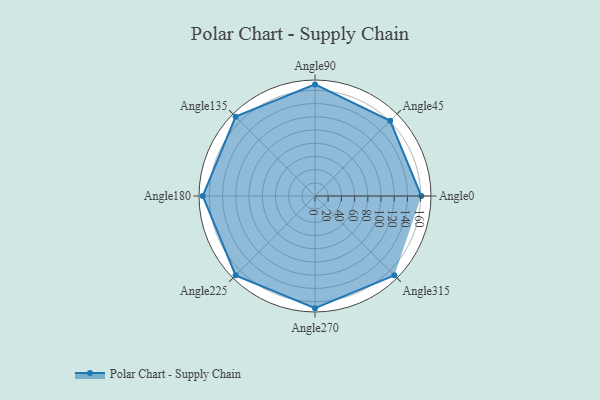
{"axis": {"x": "Angle", "y": "Radius"}, "legend": [""], "data": [{"x": "Angle0", "y": 161.0, "type": ""}, {"x": "Angle45", "y": 161.0, "type": ""}, {"x": "Angle90", "y": 169.0, "type": ""}, {"x": "Angle135", "y": 170.0, "type": ""}, {"x": "Angle180", "y": 170, "type": ""}, {"x": "Angle225", "y": 170, "type": ""}, {"x": "Angle270", "y": 170, "type": ""}, {"x": "Angle315", "y": 170, "type": ""}]}